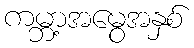
ကမ္ဘာ့အမွေအနှစ်